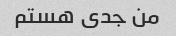
من جدی هستم